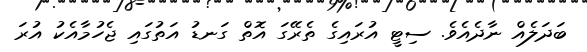
ބަދަލެއް ނާދެއެވެ. ސިޓީ އުރައިގެ ތެރޭގަ އޮތް ގަނޑު އަތުގައި ޖެހުމާއެކު އުރަ